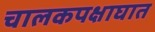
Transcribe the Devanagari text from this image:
चालकपक्षाघात